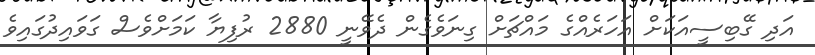
އަދި ގޭބިސީއަކަށް އަހަރެއްގެ މައްޗަށް ގިނަވެގެން ދެވޭނީ 2880 ރުފިޔާ ކަމަށްވެސް ގަވައިދުގައިވެ